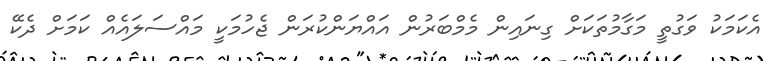
އެކަމަކު ވަގުތީ މަގާމުތަކަށް ގިނައިން މެމްބަރުން އައްޔަންކުރަން ޖެހުމަކީ މައްސަލައެއް ކަމަށް ދެކޭ